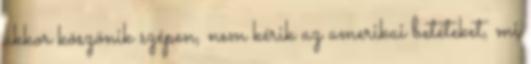
akkor köszönik szépen, nem kérik az amerikai betéteket, mi